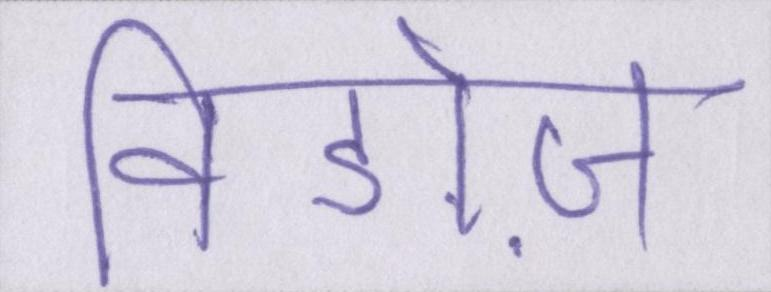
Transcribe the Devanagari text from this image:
विडोज़